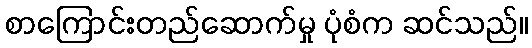
စာကြောင်းတည်ဆောက်မှု ပုံစံက ဆင်သည်။